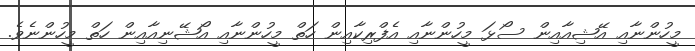
މީހުންނާއި އޭޝިއާއިން ސޯޅަ މީހުންނާއި އެފްރިކާއިން ހަތް މީހުންނާއި އޯޝޭނިއާއިން ހަތް މީހުންނެވެ.